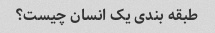
طبقه بندی یک انسان چیست؟